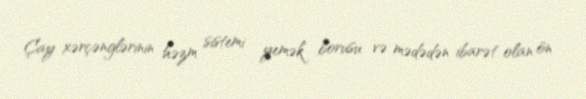
Çay xərçənglərinin həzm sistemi yemək borusu və mədədən ibarət olan ön